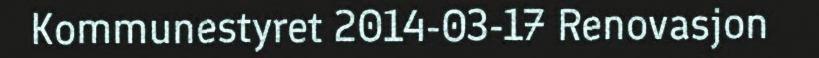
Kommunestyret 2014-03-17 Renovasjon